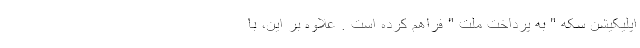
اپلیکیشن سکه " به پرداخت ملت " فراهم کرده است . علاوه بر این، با